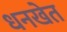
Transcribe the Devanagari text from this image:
धनखेत